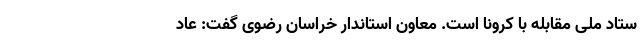
ستاد ملی مقابله با کرونا است. معاون استاندار خراسان رضوی گفت: عاد